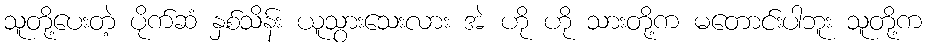
သူတို့ပေးတဲ့ ပိုက်ဆံ နှစ်သိန်း ယူသွားသေးလား အဲ ဟို ဟို သားတို့က မတောင်းပါဘူး သူတို့က